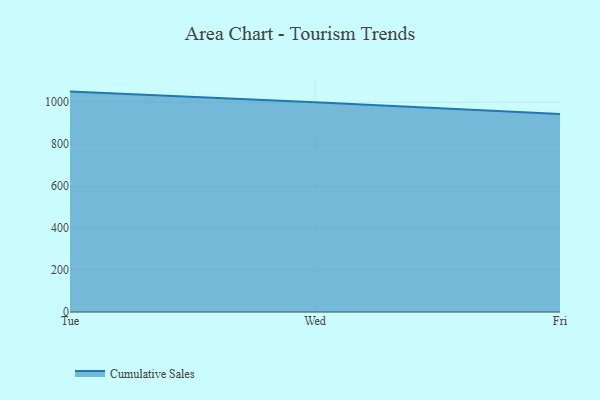
{"axis": {"x": "Day", "y": "Population (Million)"}, "legend": ["Cumulative Sales"], "data": [{"x": "Tue", "y": 1050.7, "type": "Cumulative Sales"}, {"x": "Wed", "y": 999.9, "type": "Cumulative Sales"}, {"x": "Fri", "y": 943.9, "type": "Cumulative Sales"}]}